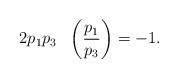
\begin{align*} &2p_1p_3\ \ \left(\frac{p_1}{p_3}\right)=-1. \end{align*}